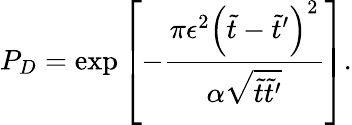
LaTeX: P_{D}=\exp\left[-\frac{\pi\epsilon^{2}\left(\tilde{t}-\tilde{t}^{\prime}\right)^{2}}{\alpha\sqrt{\tilde{t}\tilde{t}^{\prime}}}\right].